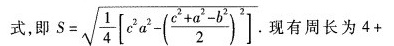
式，即 $$S= \sqrt{\frac{1}{4}\left[ c^{2}a^{2}-(\frac{c^{2}+a^{2}-b^{2}}{2})^{2}\right]}.$$ 现有周长为4+